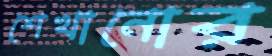
শেখানোর